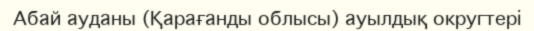
Абай ауданы (Қарағанды облысы) ауылдық округтері